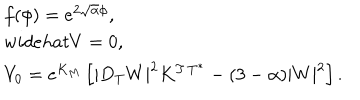
\left. \begin{array} { l } { { f ( \phi ) = e ^ { 2 \sqrt \alpha \phi } , \ } } \\ { { w i d e h a t { V } = 0 , } } \\ { { V _ { 0 } = e ^ { K _ { M } } \left[ | D _ { T } W | ^ { 2 } K ^ { T \, T ^ { * } } - ( 3 - \alpha ) | W | ^ { 2 } \right] . } } \\ \end{array} \right.